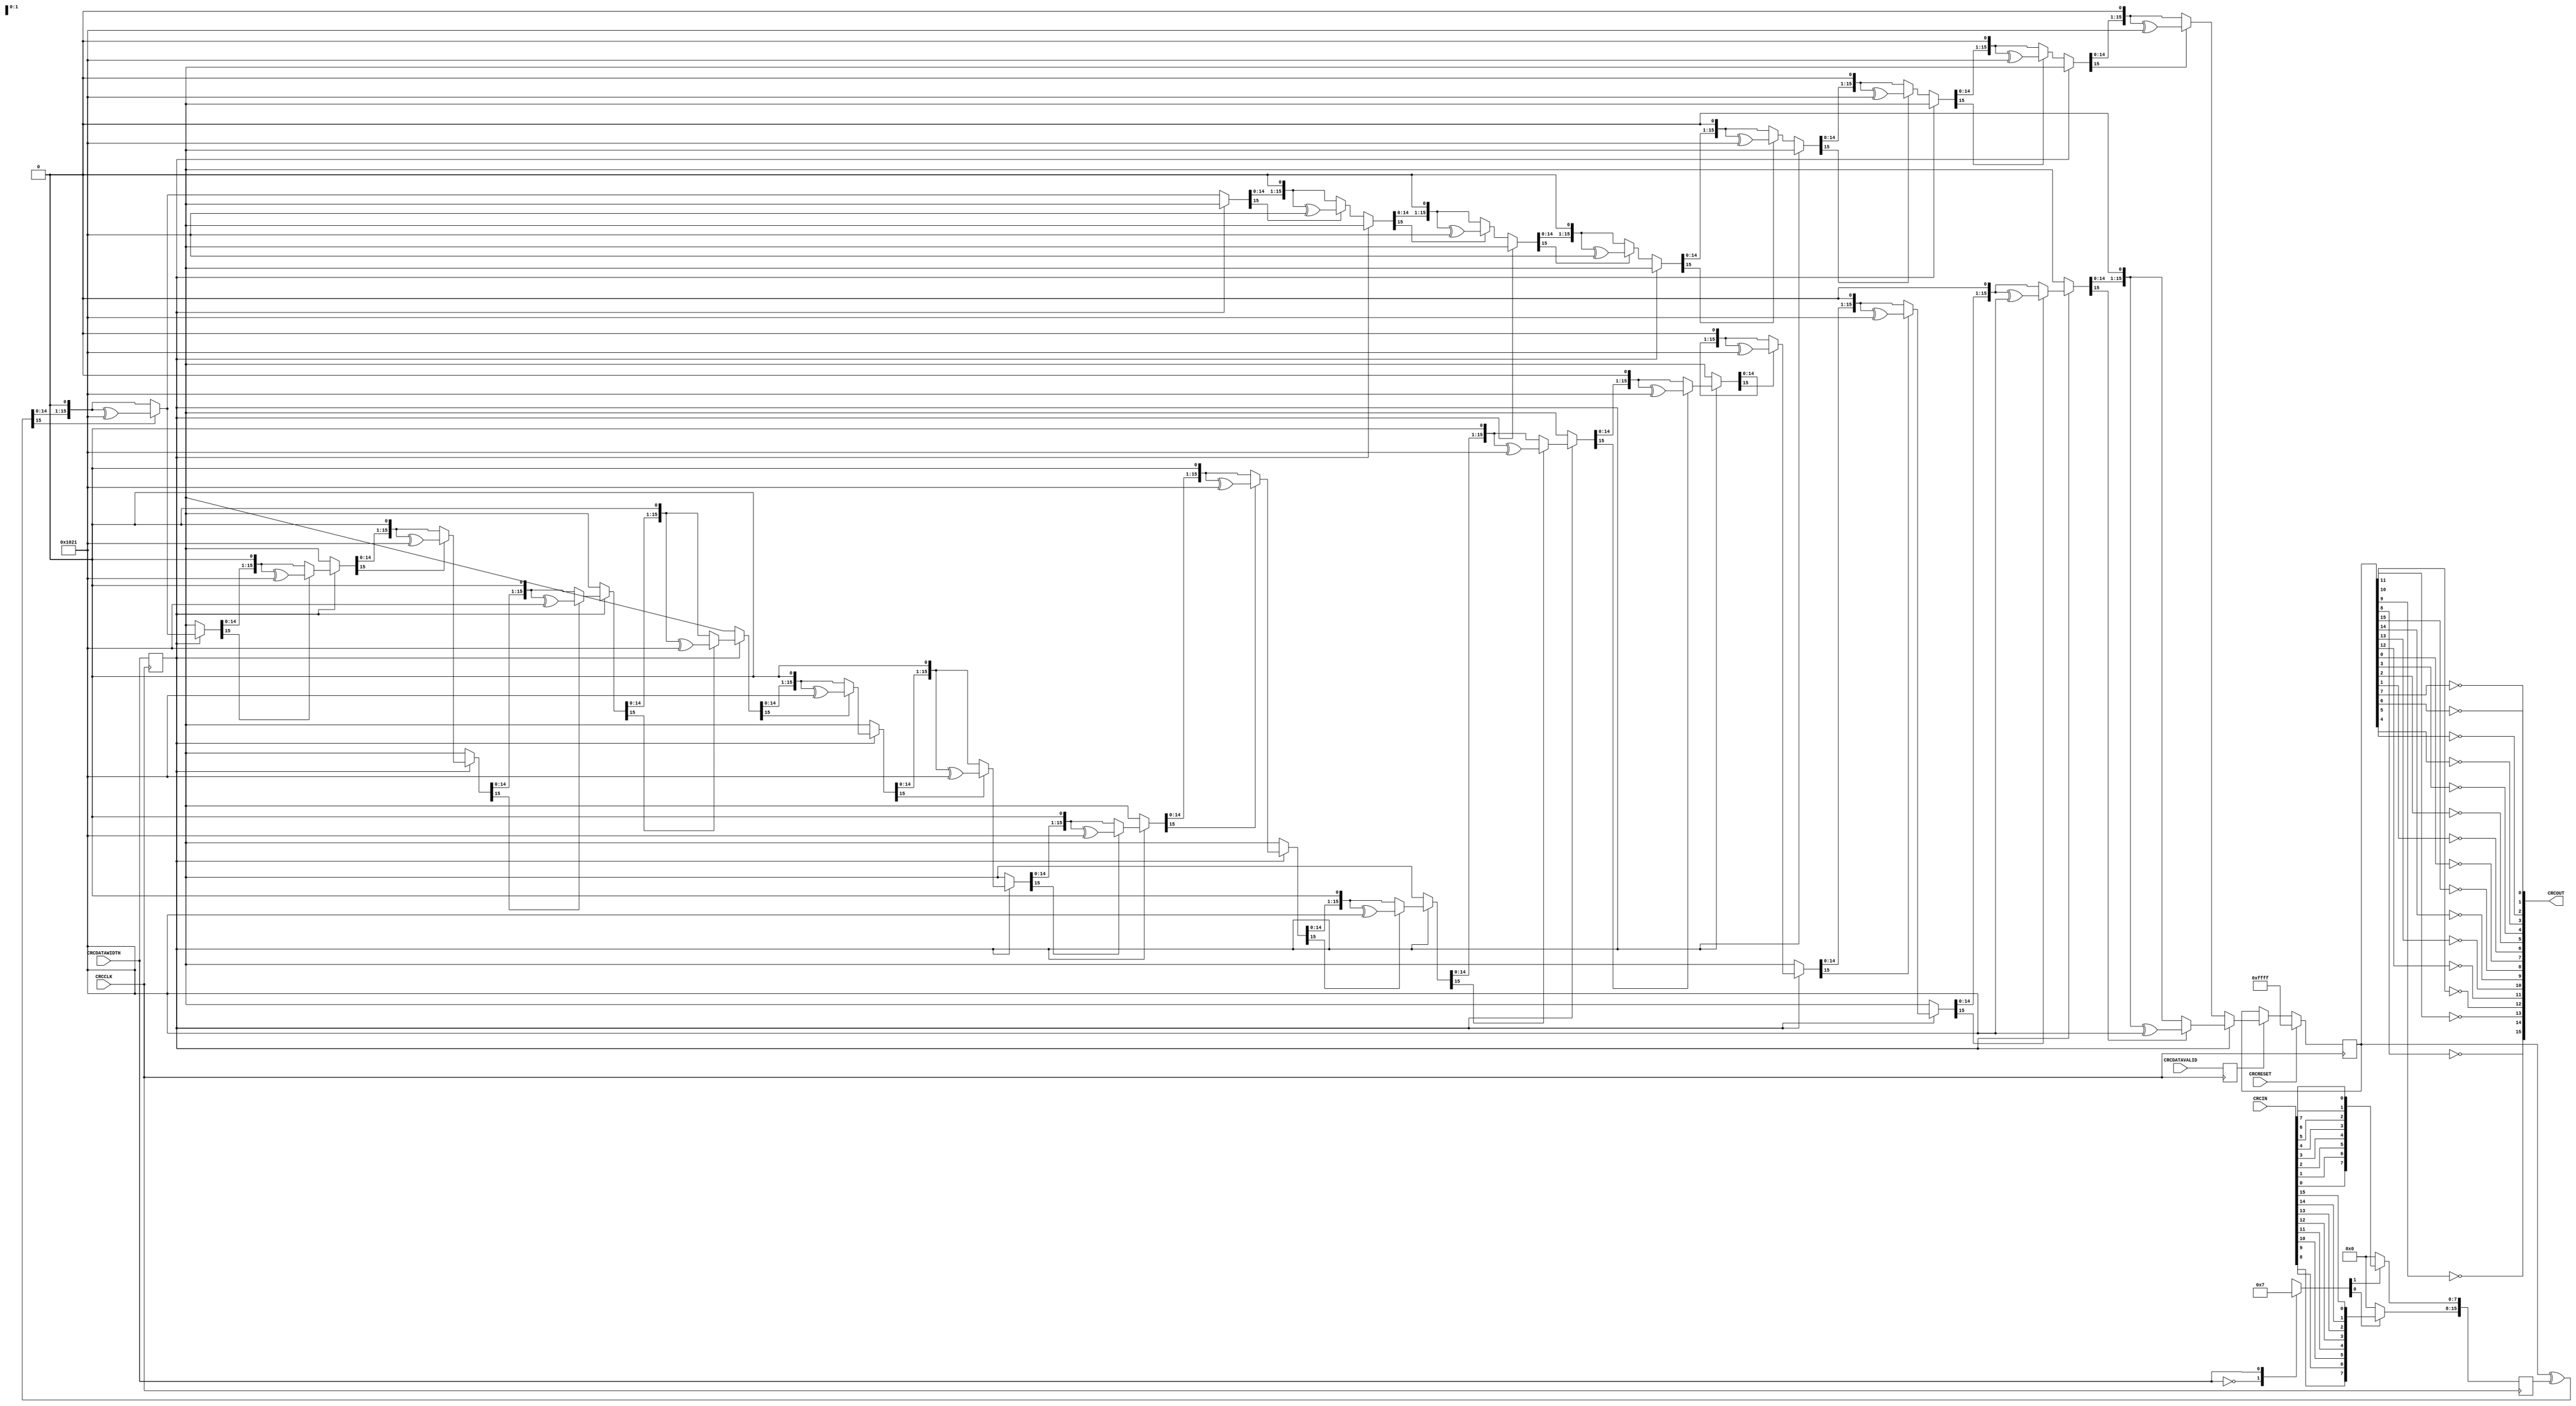
///////////////////////////////////////////////////////////////////////////////
// Project:  Aurora 8B/10B
// Version:  version 11.0
// Company:  Xilinx 
//
//
// (c) Copyright 2012 - 2013 Xilinx, Inc. All rights reserved.
//
// This file contains confidential and proprietary information
// of Xilinx, Inc. and is protected under U.S. and
// international copyright and other intellectual property
// laws.
//
// DISCLAIMER
// This disclaimer is not a license and does not grant any
// rights to the materials distributed herewith. Except as
// otherwise provided in a valid license issued to you by
// Xilinx, and to the maximum extent permitted by applicable
// law: (1) THESE MATERIALS ARE MADE AVAILABLE "AS IS" AND
// WITH ALL FAULTS, AND XILINX HEREBY DISCLAIMS ALL WARRANTIES
// AND CONDITIONS, EXPRESS, IMPLIED, OR STATUTORY, INCLUDING
// BUT NOT LIMITED TO WARRANTIES OF MERCHANTABILITY, NON-
// INFRINGEMENT, OR FITNESS FOR ANY PARTICULAR PURPOSE; and
// (2) Xilinx shall not be liable (whether in contract or tort,
// including negligence, or under any other theory of
// liability) for any loss or damage of any kind or nature
// related to, arising under or in connection with these
// materials, including for any direct, or any indirect,
// special, incidental, or consequential loss or damage
// (including loss of data, profits, goodwill, or any type of
// loss or damage suffered as a result of any action brought
// by a third party) even if such damage or loss was
// reasonably foreseeable or Xilinx had been advised of the
// possibility of the same.
//
// CRITICAL APPLICATIONS
// Xilinx products are not designed or intended to be fail-
// safe, or for use in any application requiring fail-safe
// performance, such as life-support or safety devices or
// systems, Class III medical devices, nuclear facilities,
// applications related to the deployment of airbags, or any
// other applications that could lead to death, personal
// injury, or severe property or environmental damage
// (individually and collectively, "Critical
// Applications"). Customer assumes the sole risk and
// liability of any use of Xilinx products in Critical
// Applications, subject only to applicable laws and
// regulations governing limitations on product liability.
//
// THIS COPYRIGHT NOTICE AND DISCLAIMER MUST BE RETAINED AS
// PART OF THIS FILE AT ALL TIMES.

//
////////////////////////////////////////////////////////////////////////////////
//
// Module CRC_TOP
// Generated by Xilinx Aurora 8B10B

`define DLY #1

//***********************************Module Declaration*******************************
`timescale  1 ns / 10 ps

    // Most significant bit first (big-endian)
    // x^16+x^12+x^5+1 = (1) 0001 0000 0010 0001 = 0x1021
`define POLYNOMIAL 16'h1021	

module aurora_8b10b_113_1_CRC_TOP #
  (
    parameter CRC_INIT = 16'hFFFF
  )
  (
    CRCOUT,
    CRCCLK,
    CRCDATAVALID,
    CRCDATAWIDTH,
    CRCIN,
    CRCRESET
  );
  
   output [15:0] CRCOUT;
  
   input 	     CRCCLK;
   input 	     CRCDATAVALID;
   input  	     CRCDATAWIDTH;
   input [15:0]  CRCIN;
   input 	     CRCRESET;

   reg  	       data_width;
   reg 		    data_valid;
   reg [15:0]   crc_data_i;
   reg [15:0] 	 crcreg;
   reg [17:0] 	 msg;
   reg [16:0] 	 i;
   reg [1:0]    CRCTKEEP; 
   wire [15:0]  crcout_out ;
   wire 	       crcreset_int;
  
  assign CRCOUT = crcout_out;

  assign crcout_out = { !crcreg[8],!crcreg[9],!crcreg[10],!crcreg[11],
                        !crcreg[12],!crcreg[13],!crcreg[14],!crcreg[15],
                        !crcreg[0],!crcreg[1],!crcreg[2],!crcreg[3],
                        !crcreg[4],!crcreg[5],!crcreg[6],!crcreg[7]
                      };
  
   // Optional inverters for clocks and reset
   assign 	 crcreset_int = CRCRESET;
 
   always @ (CRCDATAWIDTH)
   begin 
   case (CRCDATAWIDTH)
     1'b0    : CRCTKEEP = 2'b01;
     1'b1    : CRCTKEEP = 2'b11;
     default : CRCTKEEP = 2'b00;
   endcase
   end 
    
   // Register input data
   always @ (posedge CRCCLK)
   begin
     if (CRCTKEEP[0] == 1'b0)
        crc_data_i[15:8] <= `DLY 8'h0;
     else
        crc_data_i[15:8] <= `DLY {CRCIN[8],CRCIN[9],CRCIN[10],CRCIN[11],CRCIN[12],CRCIN[13],CRCIN[14],CRCIN[15]};
            
     if (CRCTKEEP[1] == 1'b0)
        crc_data_i[7:0] <= `DLY 8'h0;
     else
        crc_data_i[7:0] <= `DLY {CRCIN[0],CRCIN[1],CRCIN[2],CRCIN[3],CRCIN[4],CRCIN[5],CRCIN[6],CRCIN[7]};
   end

   always @ (posedge CRCCLK)
   begin
	  data_valid <= `DLY CRCDATAVALID;
	  data_width <= `DLY CRCDATAWIDTH;
   end
  
   // 16-bit CRC internal register
   always @ (posedge CRCCLK)
   begin
	  if (crcreset_int)
	    crcreg <= `DLY CRC_INIT;
	  else if (data_valid)
	    crcreg <= `DLY msg[15:0];
   end
  
   // CRC Generator Logic
  
   always @(crcreg or crc_data_i or data_width or msg)
   begin
     msg = crcreg ^ crc_data_i;
	
     //CRC-8
	  if (data_width == 1'b0) begin
	    for (i = 0; i < 8; i = i + 1) begin
	      msg = msg << 1;
	      if (msg[16] == 1'b1) begin
	        msg[15:0] = msg[15:0] ^ `POLYNOMIAL;
	      end
	    end
	  end

	  // CRC-16
	  else begin
	    for (i = 0; i < 16; i = i + 1) begin
	      msg = msg << 1;
	      if (msg[16] == 1'b1) begin
	        msg[15:0] = msg[15:0] ^ `POLYNOMIAL;
	      end
	    end
	  end
	
   end // always @ (crcreg)

endmodule